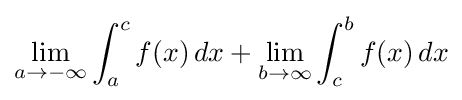
\lim _{a\to -\infty }\int _{a}^{c}f(x)\,dx+\lim _{b\to \infty }\int _{c}^{b}f(x)\,dx